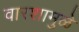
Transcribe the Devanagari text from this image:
वारशामुळे